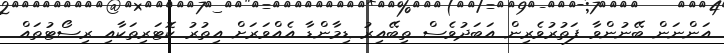
އަންނަން ބޭނުންވާ ފަތުރުވެރިން އަބަދުވެސް ތިބޭއިރު ޑިމާންޑާ އެއްވަރަށް އިތުރު ކޮޓަރިތަކާއި ރިސޯޓުތައް